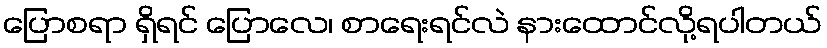
ပြောစရာ ရှိရင် ပြောလေ၊ စာရေးရင်လဲ နားထောင်လို့ရပါတယ်